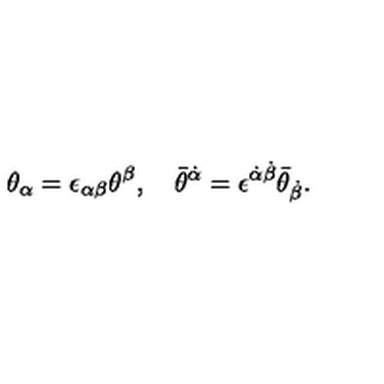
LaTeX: \theta _ { \alpha } = \epsilon _ { \alpha \beta } \theta ^ { \beta } , \quad \bar { \theta } ^ { \dot { \alpha } } = \epsilon ^ { \dot { \alpha } \dot { \beta } } \bar { \theta } _ { \dot { \beta } } .